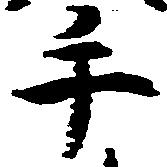
手